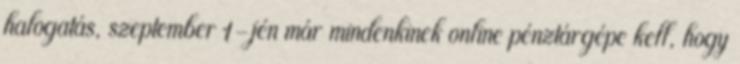
halogatás, szeptember 1-jén már mindenkinek online pénztárgépe kell, hogy